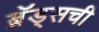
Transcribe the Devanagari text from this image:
ब्रॅड्सची